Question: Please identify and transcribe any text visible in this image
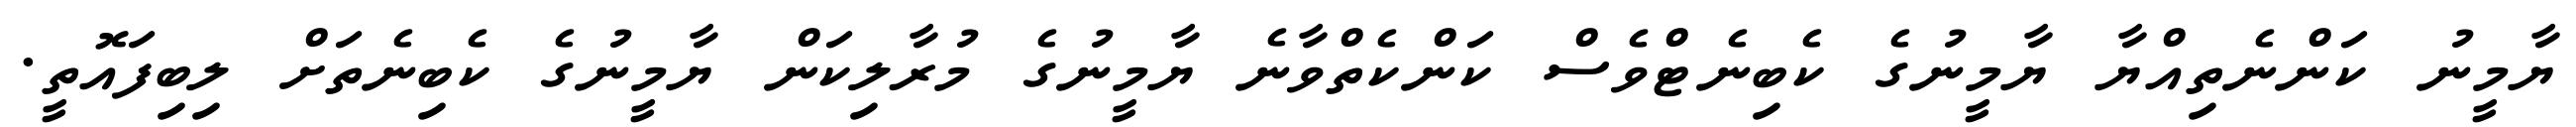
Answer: ޔާމީނު ކަންނެތިއްޔާ ޔާމީނުގެ ކެބިނެޓްވެސް ކަންކެތްވާނެ ޔާމީނުގެ މުރާލިކަން ޔާމީނުގެ ކެބިނެތަށް ލިބިފައޮތީ.